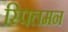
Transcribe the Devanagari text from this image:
स्पिलमन